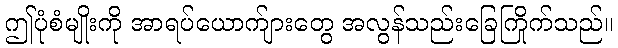
ဤပုံစံမျိုးကို အာရပ်ယောက်ျားတွေ အလွန်သည်းခြေကြိုက်သည်။